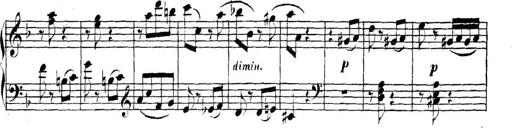
Title: Collected Piano Sonatas
Composer: Muzio Clementi